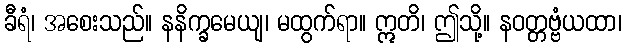
ခီရံ၊ အစေးသည်။ နနိက္ခမေယျ၊ မထွက်ရာ။ ဣတိ၊ ဤသို့။ နဝတ္တဗ္ဗံယထာ၊